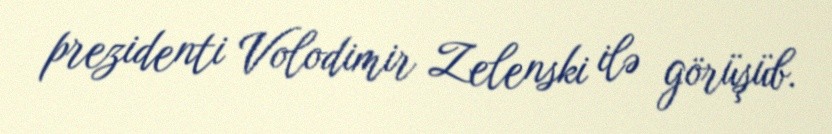
prezidenti Volodimir Zelenski ilə görüşüb.